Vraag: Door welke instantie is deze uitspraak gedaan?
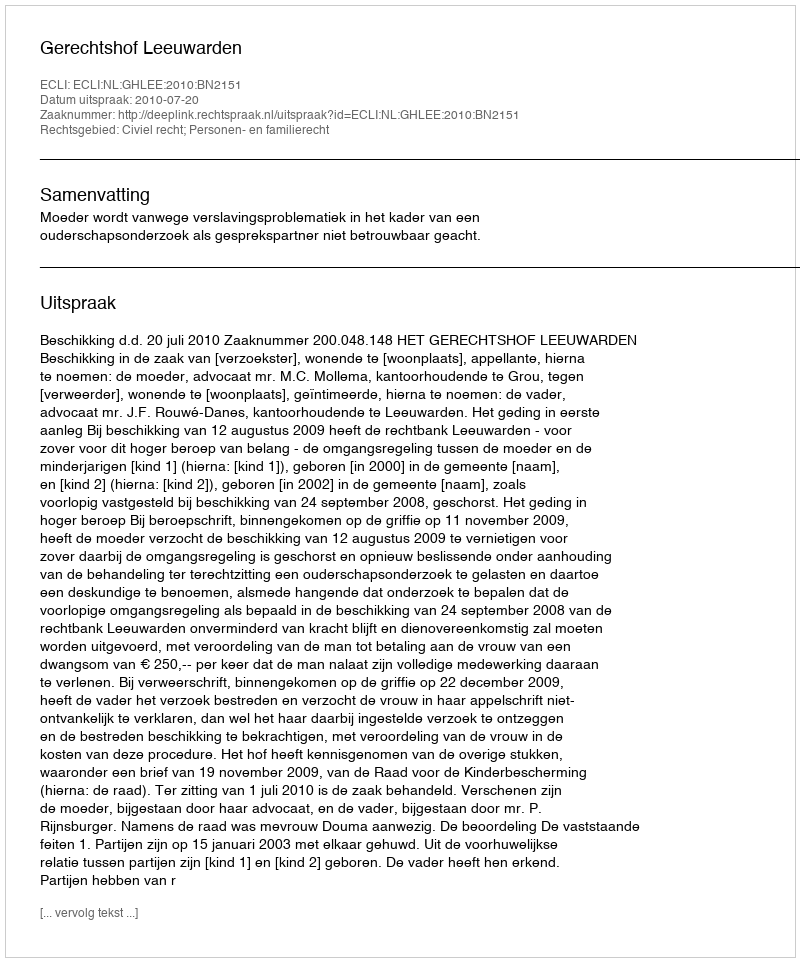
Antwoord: Gerechtshof Leeuwarden